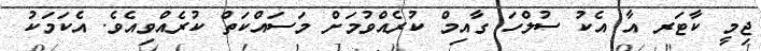
ޖިމީ ކާޓަރ އާ އެކު ސުލްހަ ގާއިމް ކުރެއްވުމަށް މަސައްކަތް ކުރެއްވިއެވެ. އެކަމަކު